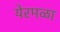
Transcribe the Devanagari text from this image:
येरमळा